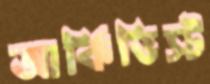
আর্কিভিস্ট